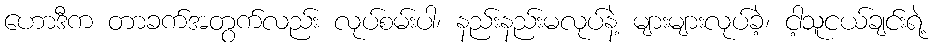
ဟောဒီက တာခက်အတွက်လည်း လုပ်စမ်းပါ၊ နည်းနည်းမလုပ်နဲ့ များများလုပ်ခဲ့၊ ငါ့သူငယ်ချင်းရဲ့